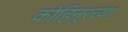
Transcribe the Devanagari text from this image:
कोहिनूरच्या